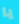
يا